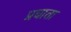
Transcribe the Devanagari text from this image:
प्रघाता